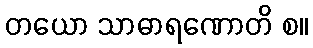
တယော သာဓာရဏောတိ စ။